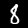
Digit: 8